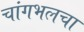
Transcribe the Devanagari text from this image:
चांगभलचा